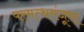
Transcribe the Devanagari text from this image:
परमत्थमंजूषा